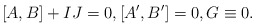
\begin{align*}[A,B]+IJ =0,[A',B']=0,G\equiv 0. \end{align*}